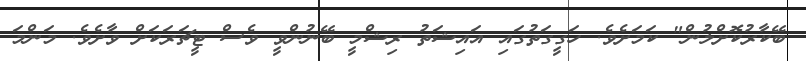
ބޭކާރުކޮށްލުން" ކަމަށެވެ. ހަގީގަތުގައި އައިޝަތު ރިޝްމީ ބޭނުންވީ ވެސް ޓީޗަރަކަށް ވާށެވެ. މަންމަ